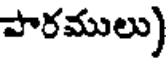
పారములు)